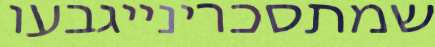
שמתסכרינייגבעו